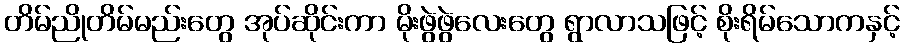
တိမ်ညိုတိမ်မည်းတွေ အုပ်ဆိုင်းကာ မိုးဖွဲဖွဲလေးတွေ ရွာလာသဖြင့် စိုးရိမ်သောကနှင့်